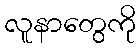
လူနာတွေကို